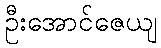
ဦးအောင်ဇေယျ